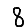
Digit: 8